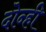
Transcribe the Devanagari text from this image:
दोन्‍ही